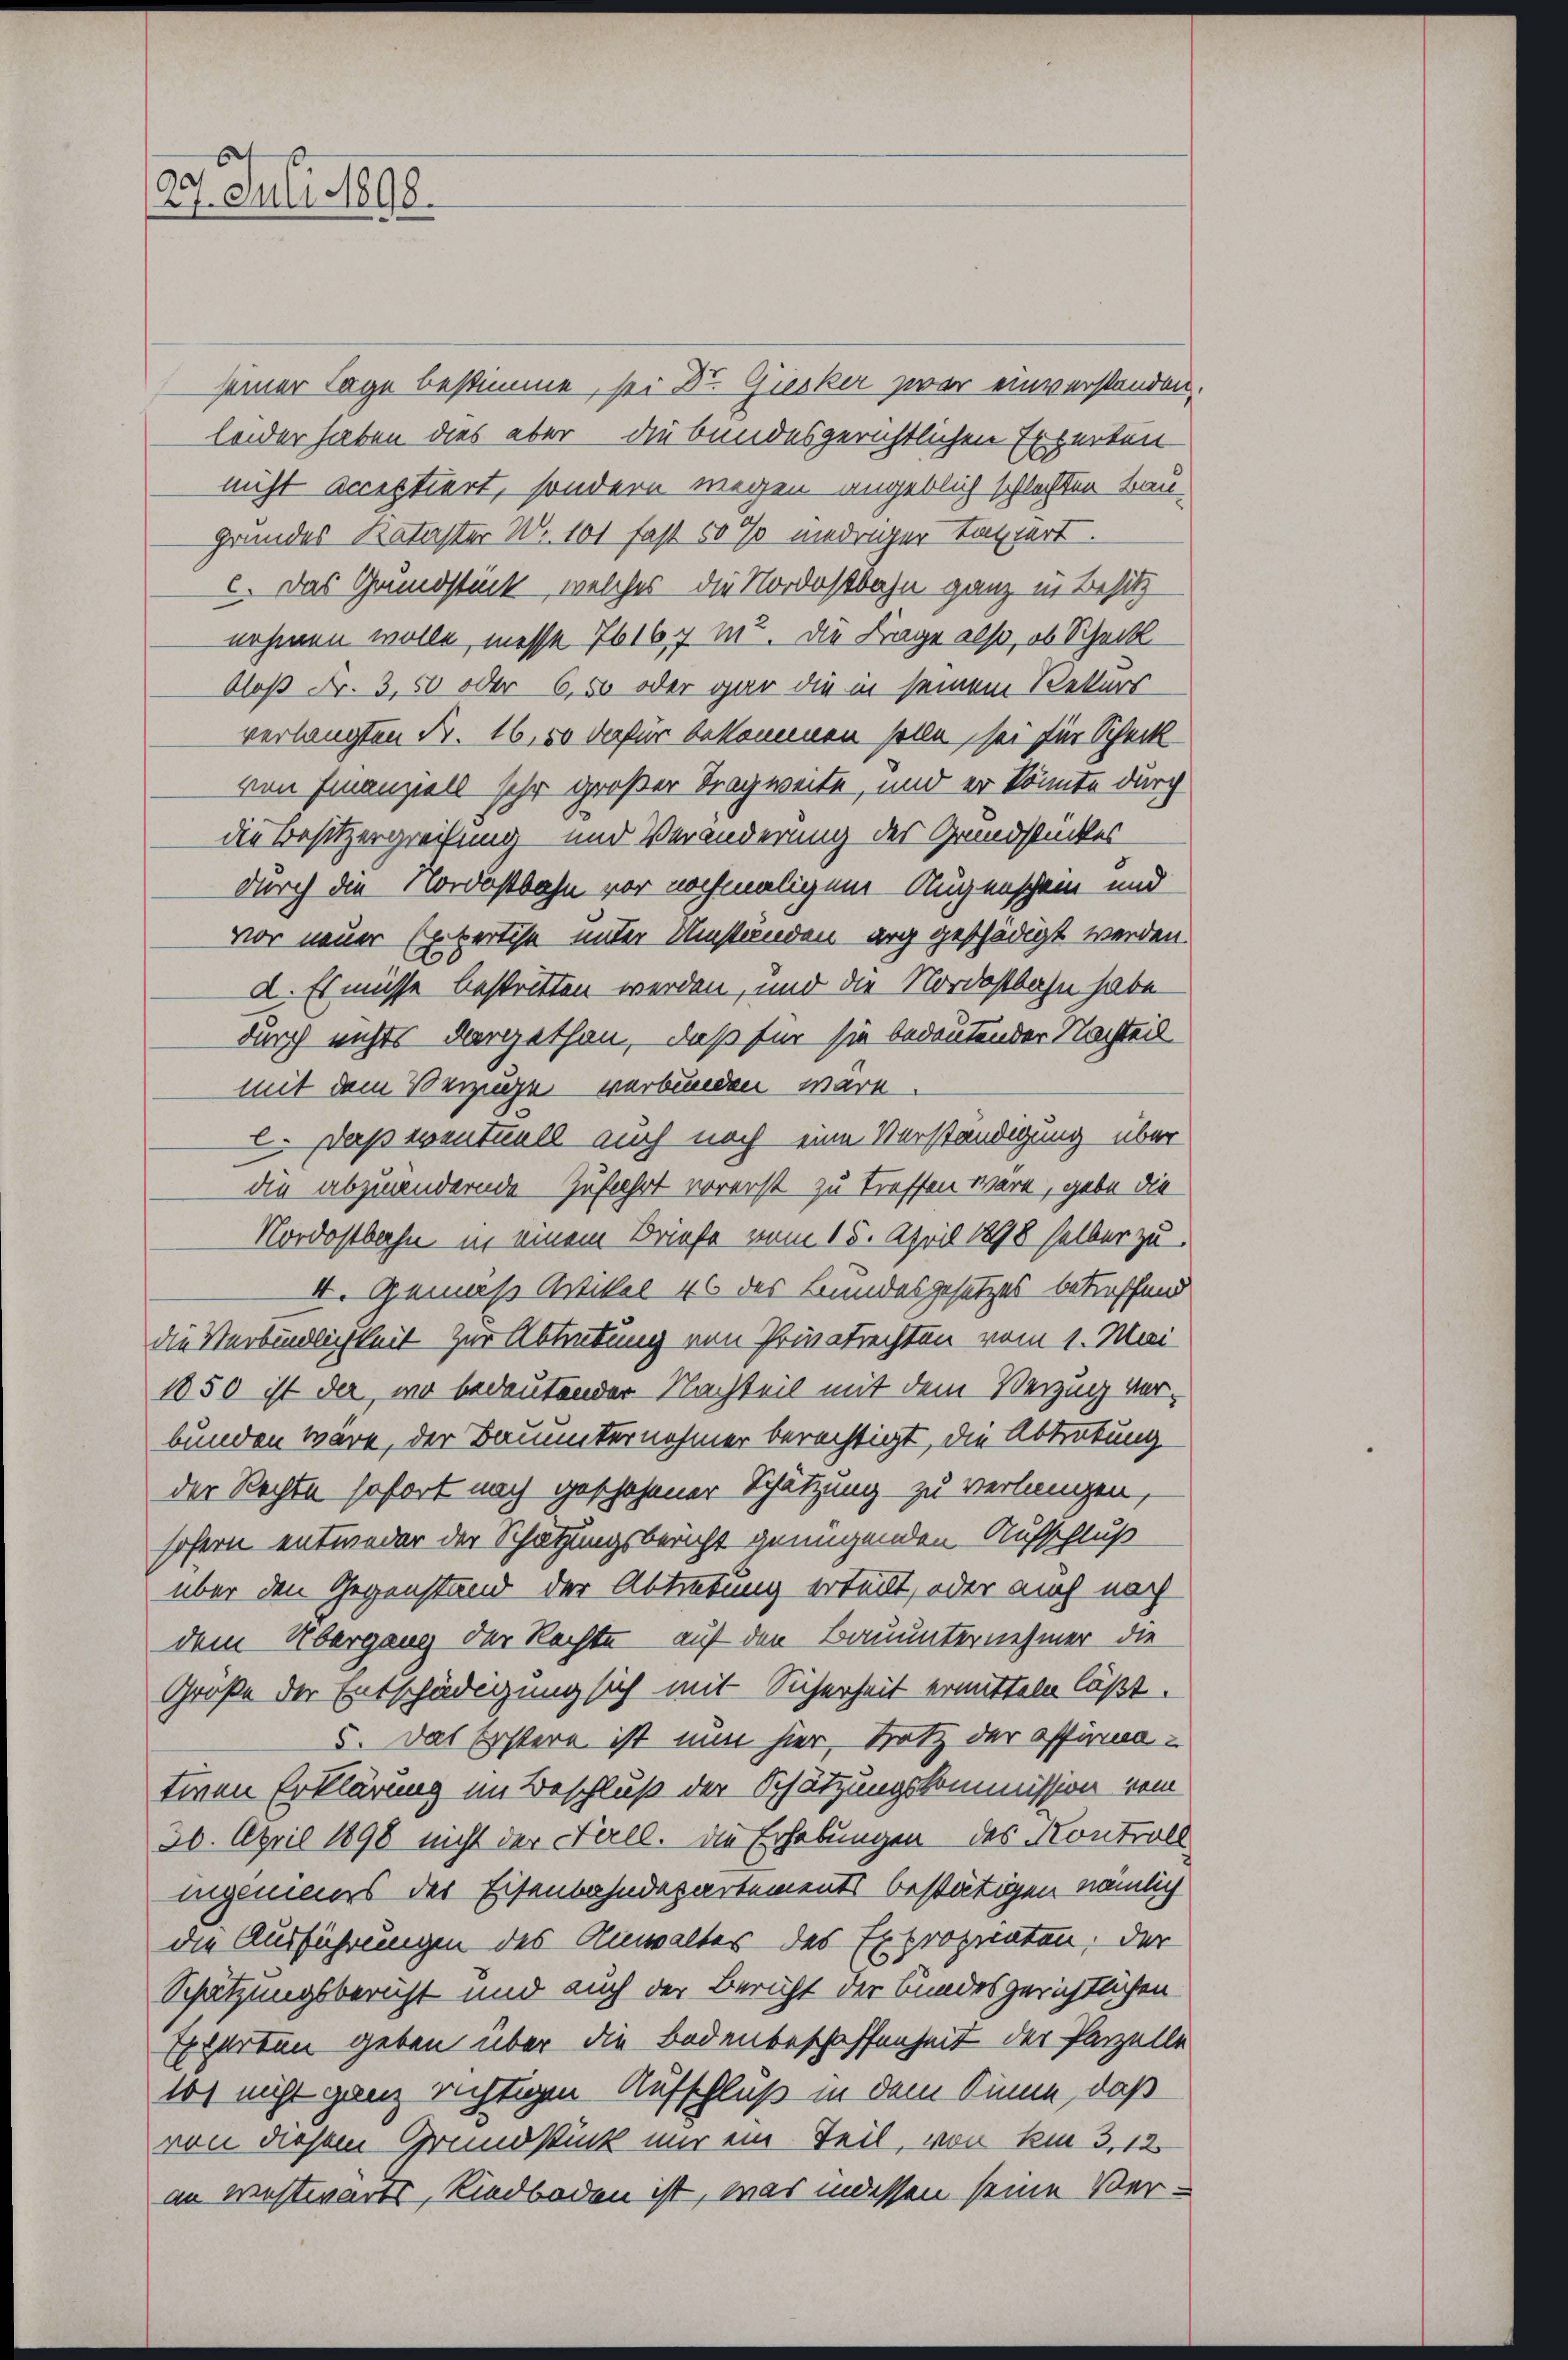
t
27. enti 1898.

seiner Tage bestimme, sei Dr. Giesker zwar einverstanden.
leider haben dies aber die bundesgerichtlichen Erwarten
nicht acceptiert, sondern wegen angeblich schlechten Bau
Grundes Kataster W. 101 fast 50 % niedriger taxiert
c. Das Grundstück, welches die Nordostbahn ganz in Besitz
nehmen wolle, messe 7616 f m. Die Frage also, ob Scheck
bloß Fr. 3,50 oder 6,50 oder gar die in seinem Rekurs
verlangten Fr. 16,50 dafür bekommen solle, sei für Scheck
von Finanziell sehr großer Tragweite, und er könnte durch
die Besitzergreifung und Veränderung des Grundstückes
durch die Nordostbahn vor nochmaligem Augenschein und
vor neuer Ehebertise unter Umständen arg geschädigt werden.
d. Es müsse bestritten werden, und die Nordostbahn habe
durch nichts dargethan, daß für sie bedeutender Nachteil
mit dem Verzuge verbunden wäre.
2. Daß eventuell auch noch eine Verständigung über
die abzuändernde Zufahrt vorerst zu treffen wäre, gebe die
Nordostbahn in einem Briefe vom 15. April 1898 selber zu
I. Gemäß Artikel 46 des Bundesgesetzes betreffend
die Verbindlichkeit zur Abtretung von Privatrechten vom 1. Mai
1850 ist der, wo bedeutender Nachteil mit dem Verzug verbunden wäre, der Bauunternehmer berechtigt, die Abtretung
der Rechte sofort nach geschehener Schätzung zu verlangen,
sofern entweder der Schätzungsbericht genügenden Aufschluß
über den Gegenstand der Abtretung erteilt, oder auch noch
dem Übergang der Rechte auf den Bauunternehmer die
Größe der Entschädigung sich mit Sicherheit ermitteln läßt.
5. Das Erstere ist nun hier, trotz der offignativen Erklärung im Beschluß der Schätzungskommission vom
30. April 1898 nicht der Fall. Die Erhebungen des Kontroll
ingenieurs der Eisenbahndepartements bestätigen nämlich
die Ausführungen des Anwaltes des Expropnaten, der
Schätzungsbericht und auch der Bericht der bundesgerichtlichen
Epparten geben über die Bodenbeschaffenheit der Parzelle
io) nicht ganz richtigen Aufschluß in dem Sinne, daß
von diesem Grundstück nur ein Teil, von km 3,12
an westwärts, Riedbaden ist, was indessen seine Ver-